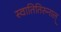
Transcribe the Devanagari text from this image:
स्वातितिरुनाल्